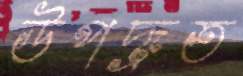
উপদ্রূত